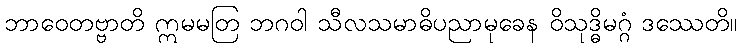
ဘာဝေတဗ္ဗာတိ ဣမမတြ ဘဂဝါ သီလသမာဓိပညာမုခေန ဝိသုဒ္ဓိမဂ္ဂံ ဒဿေတိ။